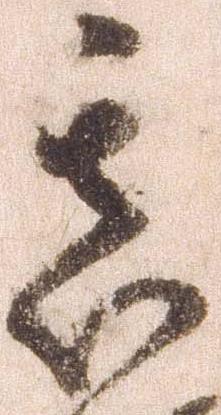
其